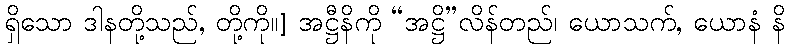
ရှိသော ဒါနတို့သည်, တို့ကို။] အဋ္ဌီနိကို “အဋ္ဌိ”လိန်တည်၊ ယောသက်, ယောနံ နိ